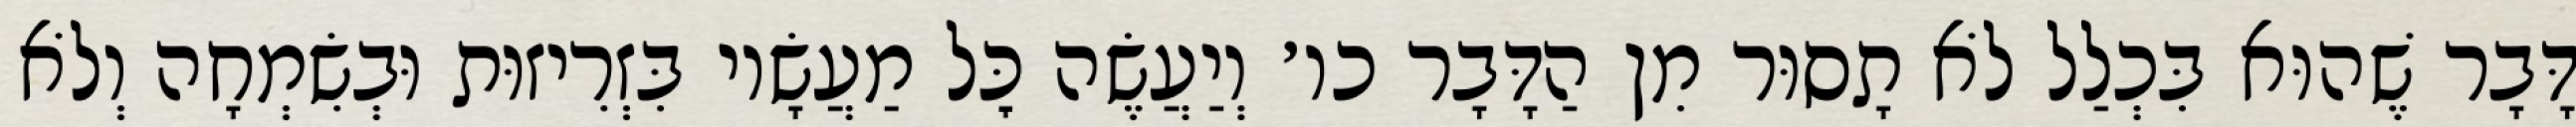
דָּבָר שֶׁהוּא בִּכְלַל לֹא תָסוּר מִן הַדָּבָר כו׳ וְיַעֲשֶׂה כׇּל מַעֲשָׂיו בִּזְרִיזוּת וּבְשִׂמְחָה וְלֹא